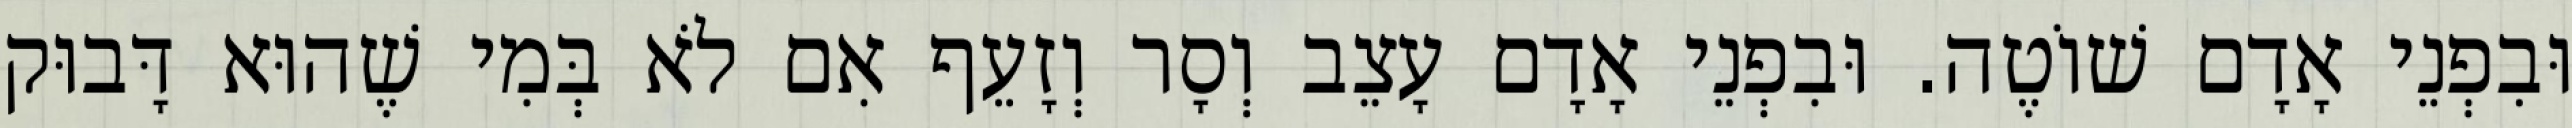
וּבִפְנֵי אָדָם שׁוֹטֶה. וּבִפְנֵי אָדָם עָצֵב וְסָר וְזָעֵף אִם לֹא בְּמִי שֶׁהוּא דָּבוּק